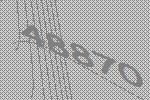
48870